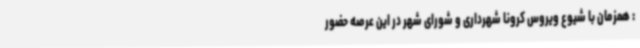
: همزمان با شیوع ویروس کرونا شهرداری و شورای شهر در این عرصه حضور